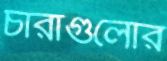
চারাগুলোর